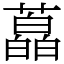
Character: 藠